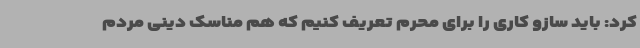
کرد: باید سازو کاری را برای محرم تعریف کنیم که هم مناسک دینی مردم